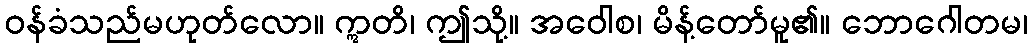
ဝန်ခံသည်မဟုတ်လော။ ဣတိ၊ ဤသို့။ အဝေါစ၊ မိန့်တော်မူ၏။ ဘောဂေါတမ၊